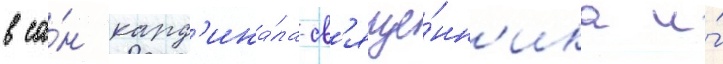
в са́н кард'ина́ла-св'яще́нн'ика и́